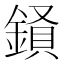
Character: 𮢧